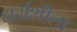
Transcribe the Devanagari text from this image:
धर्यशीला